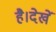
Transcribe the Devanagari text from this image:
है।देखें